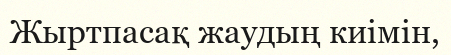
Жыртпасақ жаудың киімін,